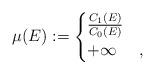
LaTeX: \begin{align*} \mu (E) := \begin{cases} \frac{C_1(E)}{C_0(E)} & \\ +\infty &, \end{cases}\end{align*}